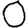
Digit: 0